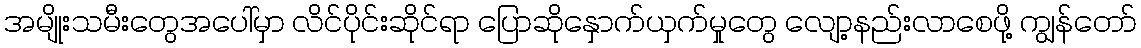
အမျိုးသမီးတွေအပေါ်မှာ လိင်ပိုင်းဆိုင်ရာ ပြောဆိုနှောက်ယှက်မှုတွေ လျော့နည်းလာစေဖို့ ကျွန်တော်